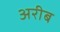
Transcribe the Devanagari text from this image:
अरीब